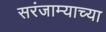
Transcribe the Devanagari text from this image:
सरंजाम्याच्या